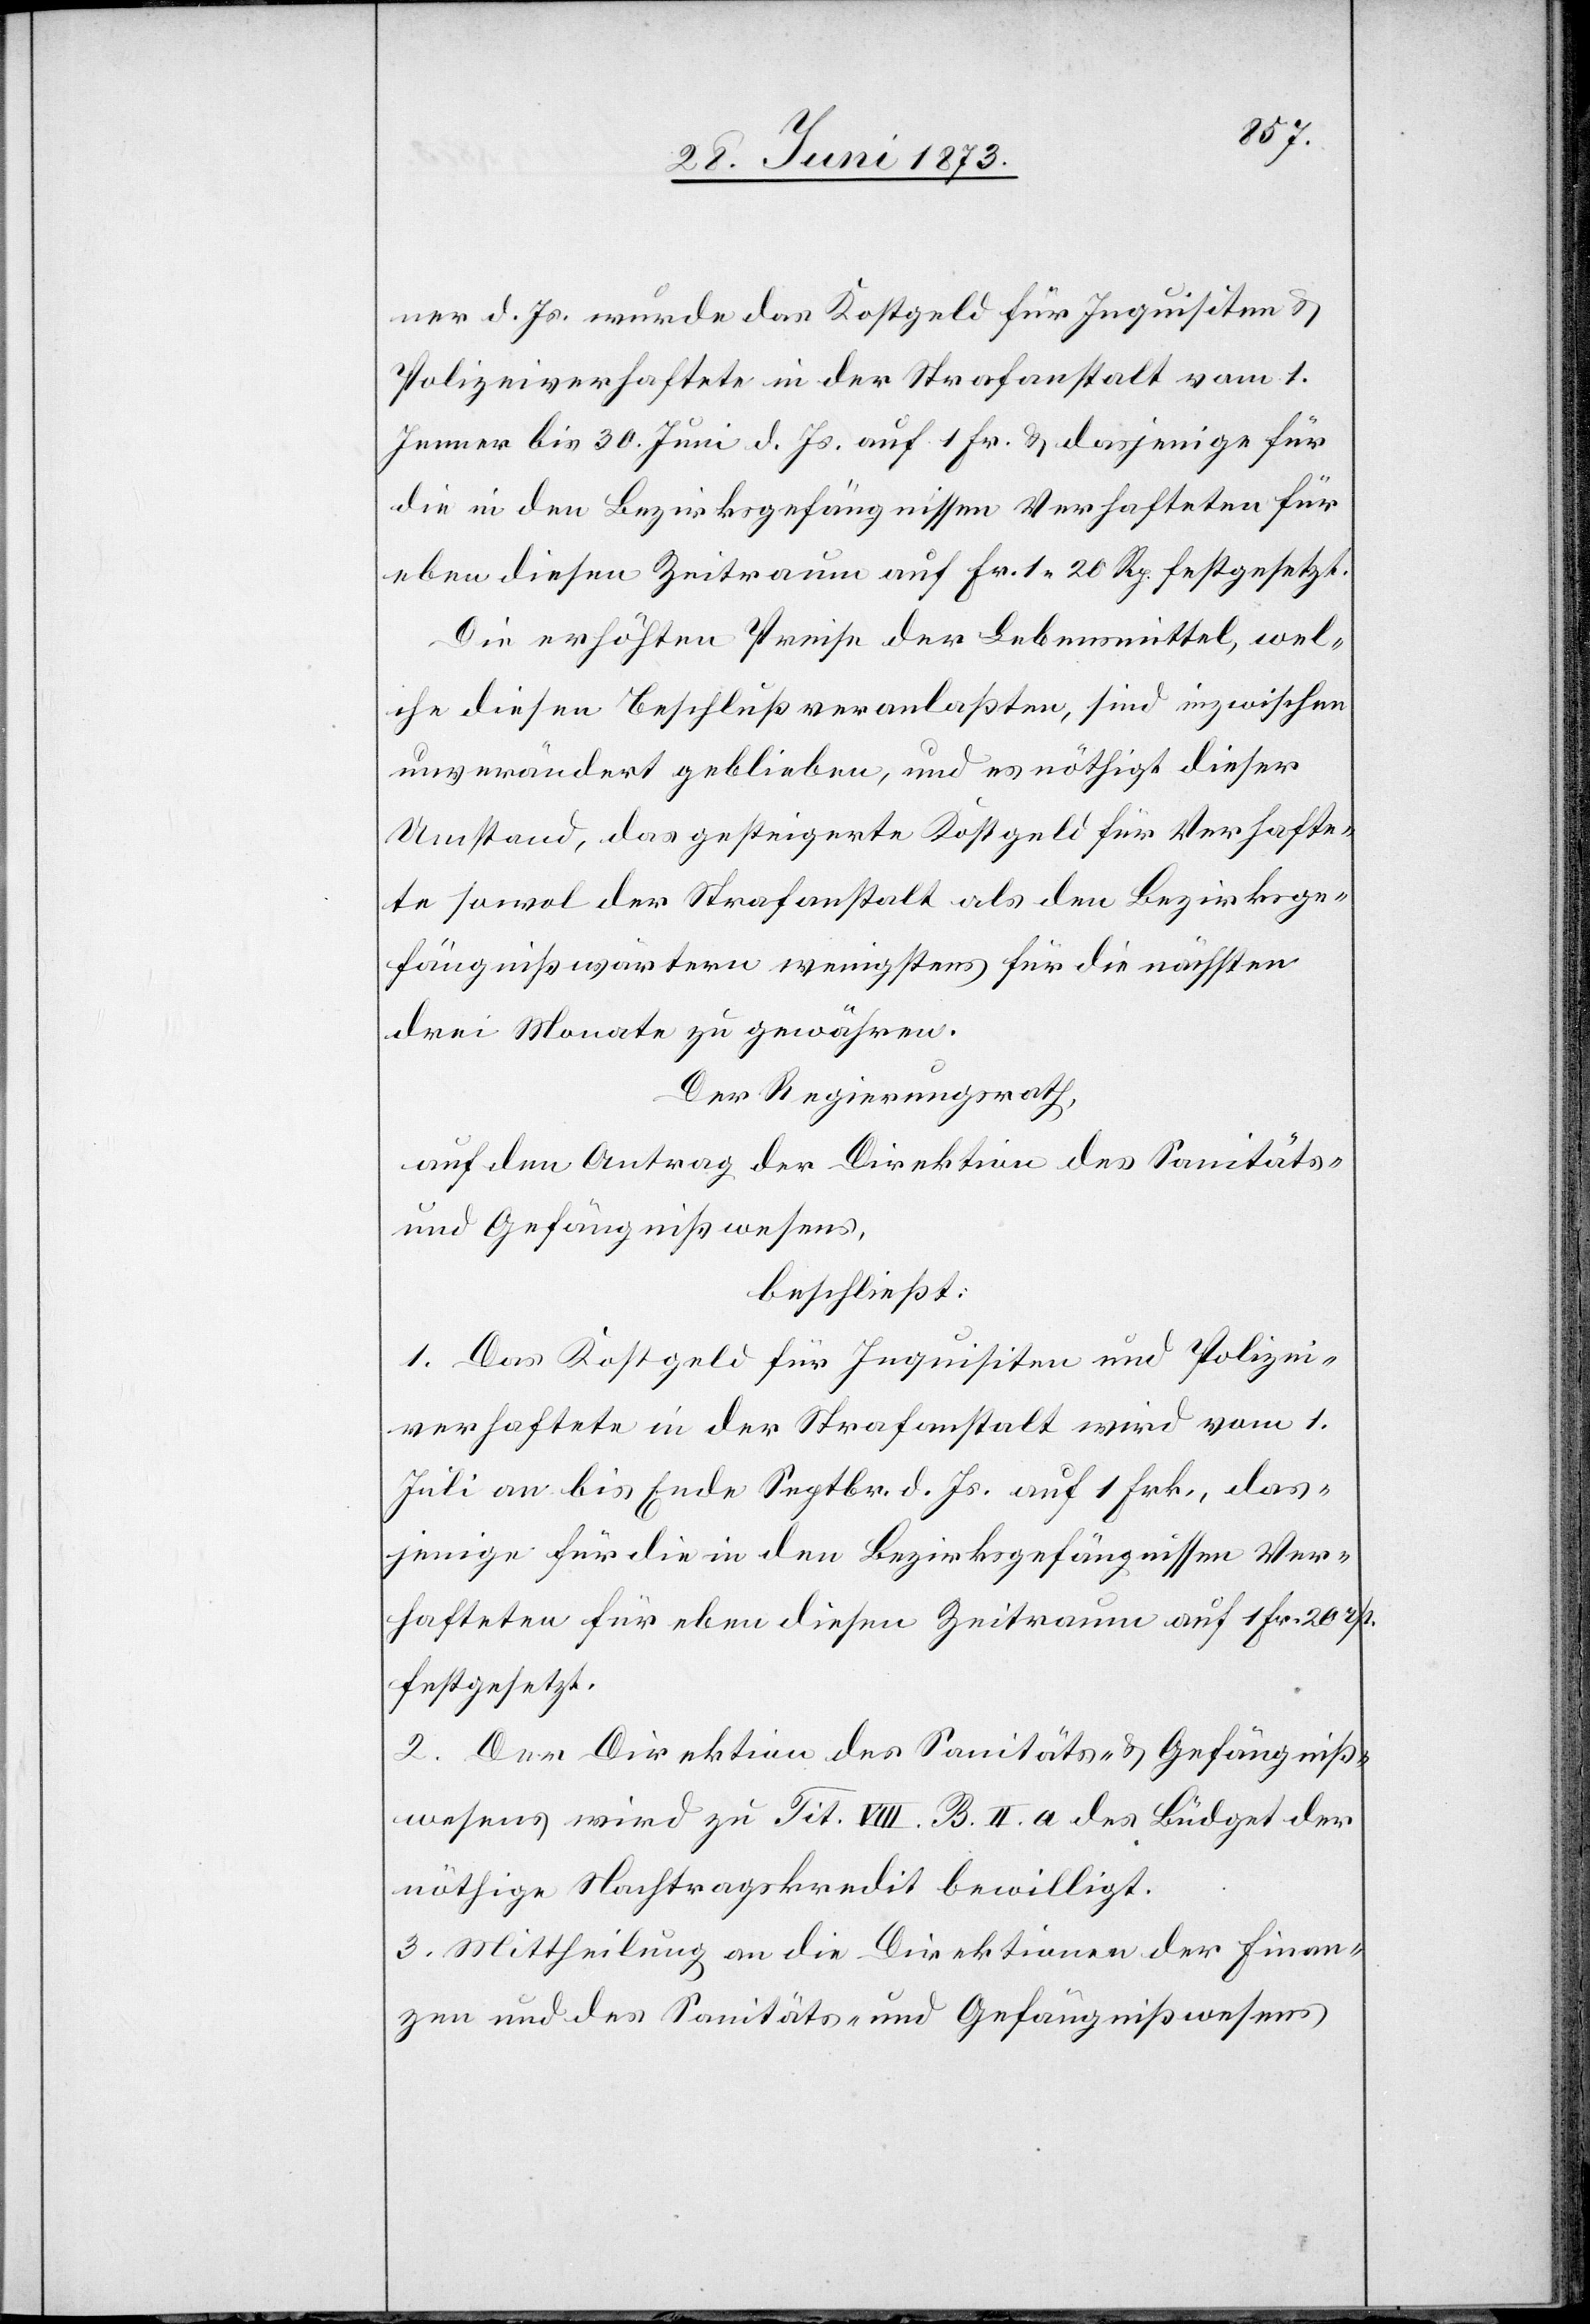
ner d. Js. wurde das Kostgeld für Inquisiten &
Polizeiverhaftete in der Strafanstalt vom 1.
Jenner bis 30. Juni d. Js. auf 1 Fr. & dasjenige für
die in den Bezirksgefängnissen Verhafteten für
eben diesen Zeitraum auf Fr. 1 20 Rp. festgesetzt.
Die erhöhten Preise der Lebensmittel, wel¬
che diesen Beschluß veranlaßten, sind inzwischen
unverändert geblieben, und es nöthigt dieser
Umstand, das gesteigerte Kostgeld für Verhafte¬
te sowol der Strafanstalt als den Bezirksge¬
fängnißwärtern wenigstens für die nächsten
drei Monate zu gewähren.
Der Regierungsrath,
auf den Antrag der Direktion des Sanitäts-
und Gefängnißwesens,
beschließt:
1. Das Kostgeld für Inquisiten und Polizei¬
verhaftete in der Strafanstalt wird vom 1.
Juli an bis Ende Septbr. d. Js. auf 1 Frk., das¬
jenige für die in den Bezirksgefängnissen Ver¬
hafteten für eben diesen Zeitraum auf 1 Fr. 20 rp.
festgesetzt.
2. Der Direktion des Sanitäts- & Gefängniß¬
wesens wird zu Tit. VIII. B. II. a des Büdget der
nöthige Nachtragskredit bewilligt.
3. Mittheilung an die Direktionen der Finan¬
zen und des Sanitäts- und Gefängnißwesens